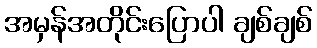
အမှန်အတိုင်းပြောပါ ချစ်ချစ်